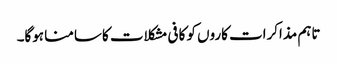
تاہم مذاکرات کاروں کو کافی مشکلات کا سامنا ہوگا۔